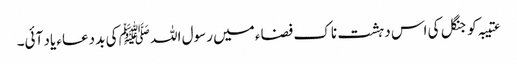
عتیبہ کو جنگل کی اس دہشت ناک فضاء میں رسول اللہ ﷺ کی بد دعاء یاد آئی۔